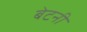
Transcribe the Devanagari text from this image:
बेटनी